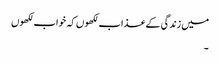
میں زندگی کے عذاب لکھوں کہ خواب لکھوں
۔